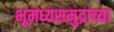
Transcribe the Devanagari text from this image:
भूमध्यसमुद्राच्या